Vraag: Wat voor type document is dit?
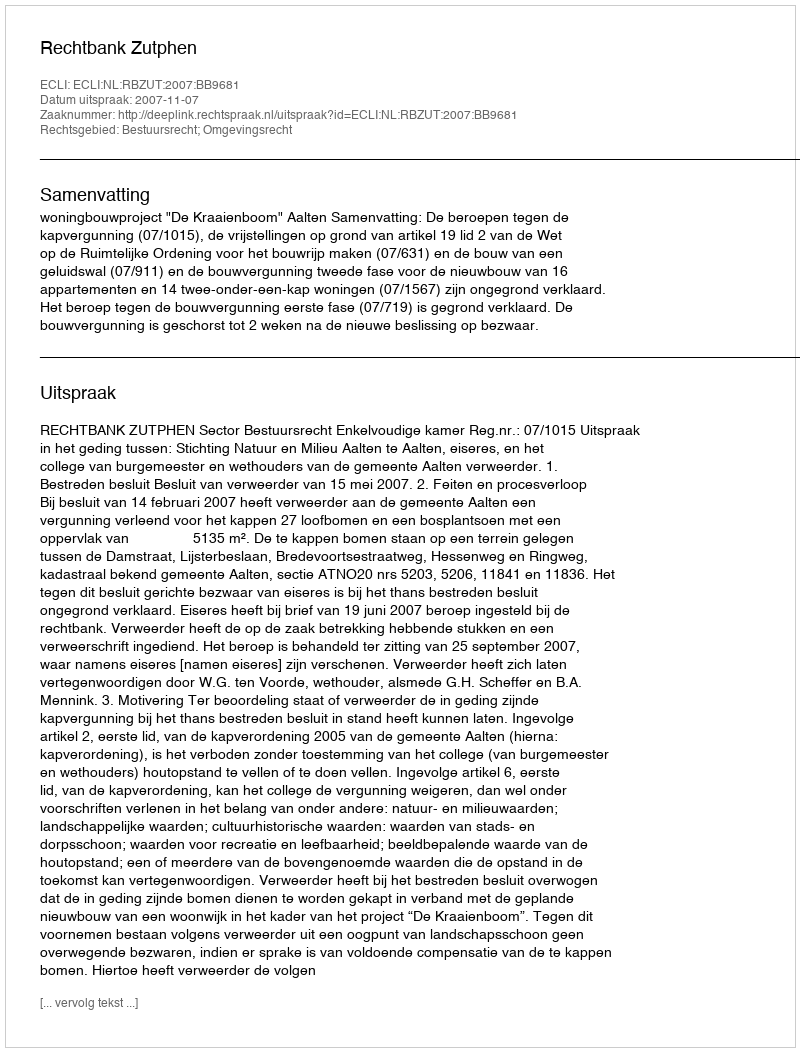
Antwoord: Uitspraak